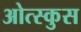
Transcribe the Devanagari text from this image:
ओत्स्कुस